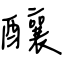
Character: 釀